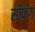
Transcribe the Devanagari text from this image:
सीफंग